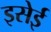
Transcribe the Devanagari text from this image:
इसेई